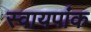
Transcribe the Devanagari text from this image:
स्वायपांक